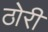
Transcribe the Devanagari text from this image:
ठोरी